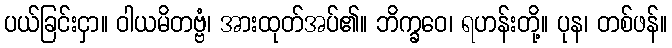
ပယ်ခြင်းငှာ။ ဝါယမိတဗ္ဗံ၊ အားထုတ်အပ်၏။ ဘိက္ခဝေ၊ ရဟန်းတို့။ ပုန၊ တစ်ဖန်။